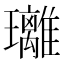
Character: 𤫚